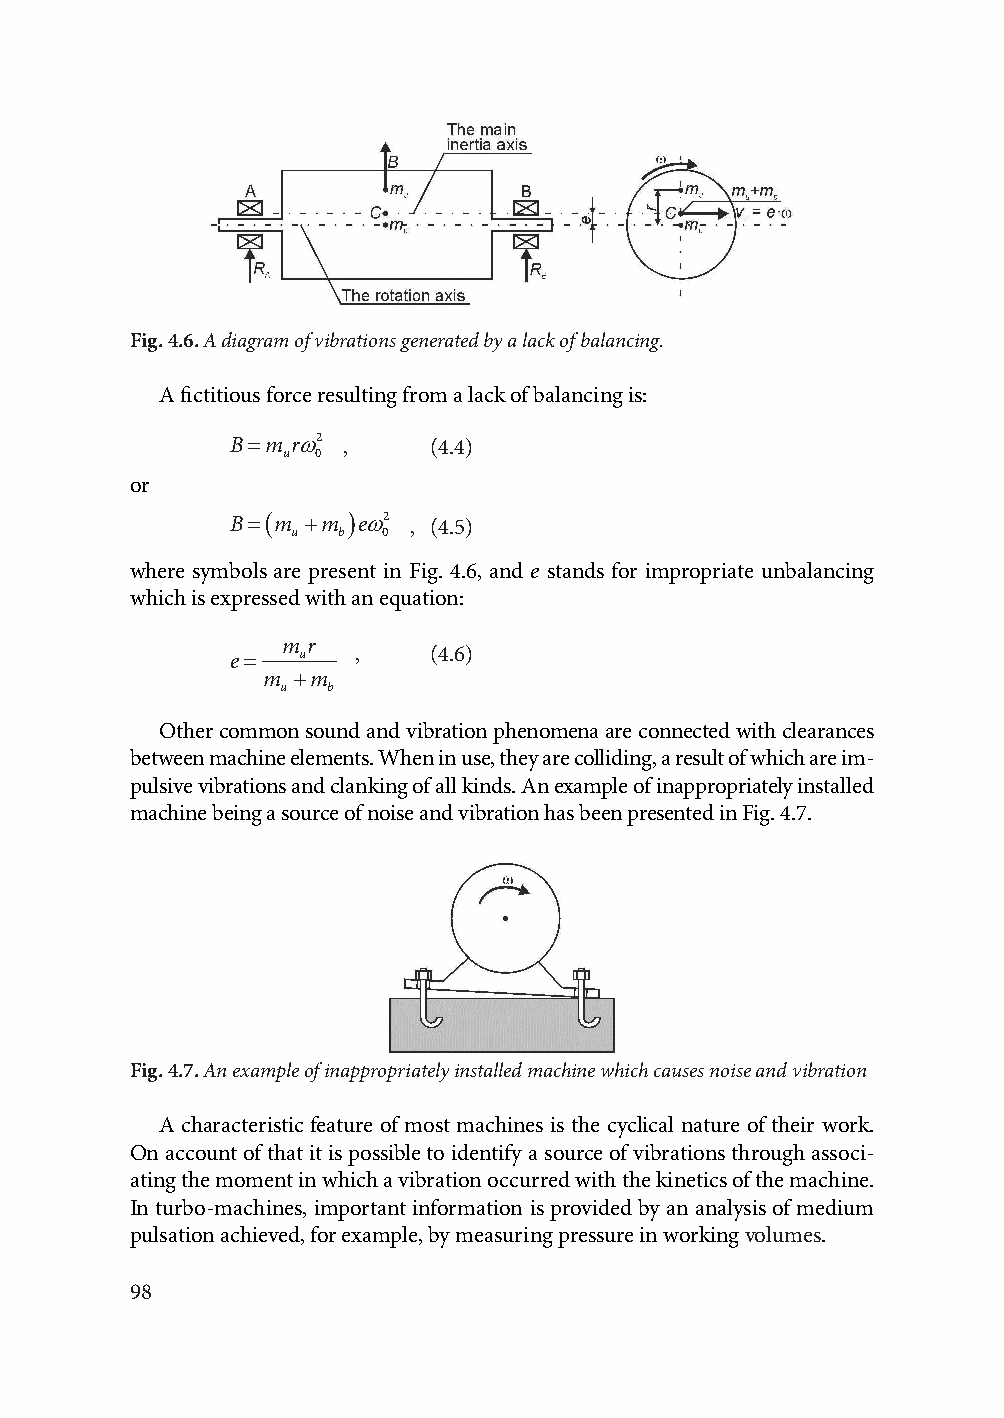
Fig. 4.6. A diagram of vibrations generated by a lack of balancing.
 A fictitious force resulting from a lack of balancing is:
 Bm r2 ,     (4.4)
 u 0
 or
 B m m  e2 , (4.5)
 u   b 0
 where symbols are present in Fig. 4.6, and e stands for impropriate unbalancing
 which is expressed with an equation:
 m r
 e   u   ,    (4.6)
 m m
 u  b
 Other common sound and vibration phenomena are connected with clearances
 between machine elements. When in use, they are colliding, a result of which are im-
 pulsive vibrations and clanking of all kinds. An example of inappropriately installed
 machine being a source of noise and vibration has been presented in Fig. 4.7.
 Fig. 4.7. An example of inappropriately installed machine which causes noise and vibration
 A characteristic feature of most machines is the cyclical nature of their work.
 On account of that it is possible to identify a source of vibrations through associ-
 ating the moment in which a vibration occurred with the kinetics of the machine.
 In turbo-machines, important information is provided by an analysis of medium
 pulsation achieved, for example, by measuring pressure in working volumes.
 98